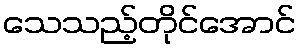
သေသည့်တိုင်အောင်